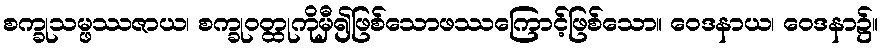
စက္ခုသမ္ဖဿဇာယ၊ စက္ခုဝတ္ထုကိုမှီ၍ဖြစ်သောဖဿကြောင့်ဖြစ်သော။ ဝေဒနာယ၊ ဝေဒနာ၌။